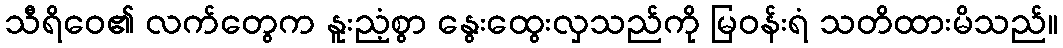
သီရိဝေ၏ လက်တွေက နူးညံ့စွာ နွေးထွေးလှသည်ကို မြဝန်းရံ သတိထားမိသည်။